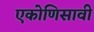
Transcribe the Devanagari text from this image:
एकोणिसावी